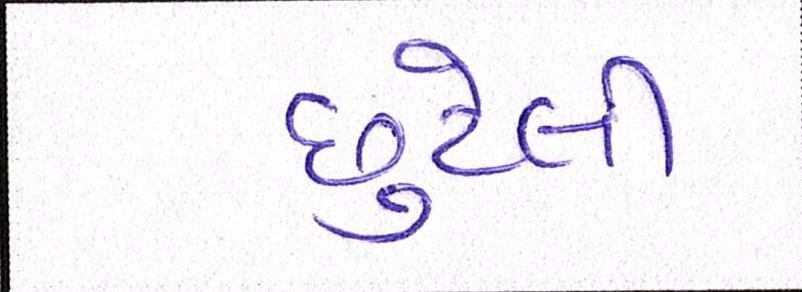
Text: છુટેલી